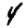
Digit: 4